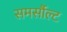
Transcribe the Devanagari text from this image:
समर्सौल्ट